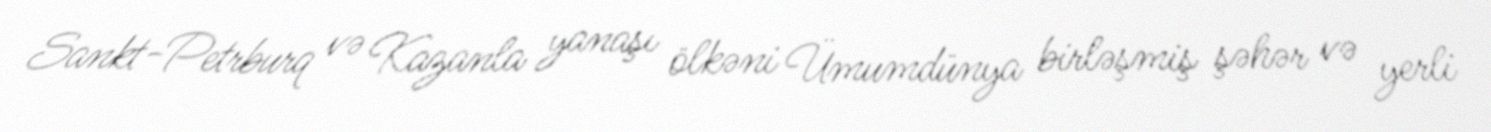
Sankt-Petrburq və Kazanla yanaşı ölkəni Ümumdünya birləşmiş şəhər və yerli